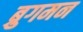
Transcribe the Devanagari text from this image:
ब्रुगमन